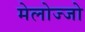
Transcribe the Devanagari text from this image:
मेलोज्जो